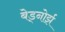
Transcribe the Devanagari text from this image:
बेड्नोर्झ